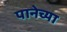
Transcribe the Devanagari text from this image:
पानेच्या